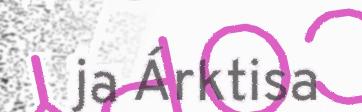
ja Árktisa